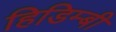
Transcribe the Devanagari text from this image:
हिडिम्बी